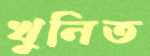
খুনিত